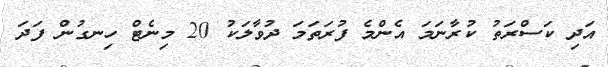
އަދި ކަސްރަތު ކުރާނަމަ އެންމެ ފުރަތަަމަ ދުވާލަކު 20 މިނެޓް ހިނގުން ފަދަ